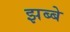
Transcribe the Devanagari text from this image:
झब्बे